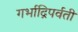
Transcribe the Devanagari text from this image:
गर्भाद्रिपर्वती